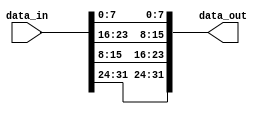
// ***************************************************************************
// ***************************************************************************
// Copyright 2018 (c) Analog Devices, Inc. All rights reserved.
//
// Each core or library found in this collection may have its own licensing terms.
// The user should keep this in in mind while exploring these cores.
//
// Redistribution and use in source and binary forms,
// with or without modification of this file, are permitted under the terms of either
//  (at the option of the user):
//
//   1. The GNU General Public License version 2 as published by the
//      Free Software Foundation, which can be found in the top level directory, or at:
// https://www.gnu.org/licenses/old-licenses/gpl-2.0.en.html
//
// OR
//
//   2.  An ADI specific BSD license as noted in the top level directory, or on-line at:
// https://github.com/analogdevicesinc/hdl/blob/dev/LICENSE
//
// ***************************************************************************
// ***************************************************************************

`timescale 1ns/100ps

module ad_perfect_shuffle #(
  parameter NUM_GROUPS = 2,
  parameter WORDS_PER_GROUP = 2,
  parameter WORD_WIDTH = 8
) (
  input [NUM_GROUPS*WORDS_PER_GROUP*WORD_WIDTH-1:0] data_in,
  output [NUM_GROUPS*WORDS_PER_GROUP*WORD_WIDTH-1:0] data_out
);
 /*
  * Performs the perfect shuffle operation.
  *
  * The perfect shuffle splits the input vector into NUM_GROUPS groups and then
  * each group in WORDS_PER_GROUP. The output vector consists of WORDS_PER_GROUP
  * groups and each group has NUM_GROUPS words. The data is remapped, so that
  * the i-th word of the j-th word in the output vector is the j-th word of the
  * i-th group of the input vector.

  * The inverse operation of the perfect shuffle is the perfect shuffle with
  * both parameters swapped.
  * I.e. [perfect_suffle B A [perfect_shuffle A B data]] == data
  *
  * Examples:
  *   NUM_GROUPS = 2, WORDS_PER_GROUP = 4
  *     [A B C D a b c d] => [A a B b C c D d]
  *   NUM_GROUPS = 4, WORDS_PER_GROUP = 2
  *     [A a B b C c D d] => [A B C D a b c d]
  *   NUM_GROUPS = 3, WORDS_PER_GROUP = 2
  *     [A B a b 1 2] => [A a 1 B b 2]
  */
  generate
    genvar i;
    genvar j;
    for (i = 0; i < NUM_GROUPS; i = i + 1) begin: shuffle_outer
      for (j = 0; j < WORDS_PER_GROUP; j = j + 1) begin: shuffle_inner
        localparam src_lsb = (j + i * WORDS_PER_GROUP) * WORD_WIDTH;
        localparam dst_lsb = (i + j * NUM_GROUPS) * WORD_WIDTH;

        assign data_out[dst_lsb+:WORD_WIDTH] = data_in[src_lsb+:WORD_WIDTH];
      end
    end
  endgenerate

endmodule